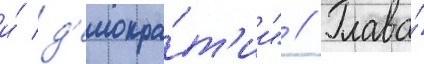
и́ д'емокра́т'ии" // Глава́